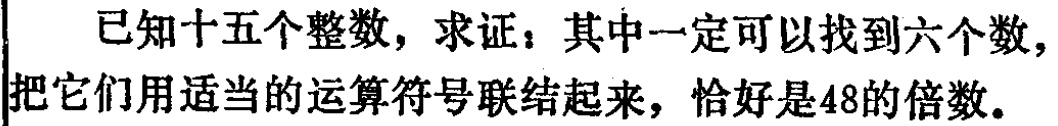
已知十五个整数，求证：其中一定可以找到六个数，把它们用适当的运算符号联结起来，恰好是48的倍数。